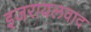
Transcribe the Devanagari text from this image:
इजरायलवाद